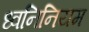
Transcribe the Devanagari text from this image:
ध्वनिनियम